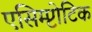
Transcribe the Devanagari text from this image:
एसिम्प्टोटिक